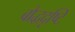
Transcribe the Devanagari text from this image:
बौद्धदृष्टि